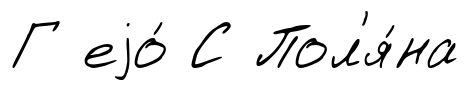
Г еjо́ С Пол'я́на